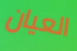
العيان